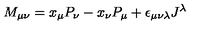
M _ { \mu \nu } = x _ { \mu } P _ { \nu } - x _ { \nu } P _ { \mu } + \epsilon _ { \mu \nu \lambda } J ^ { \lambda }